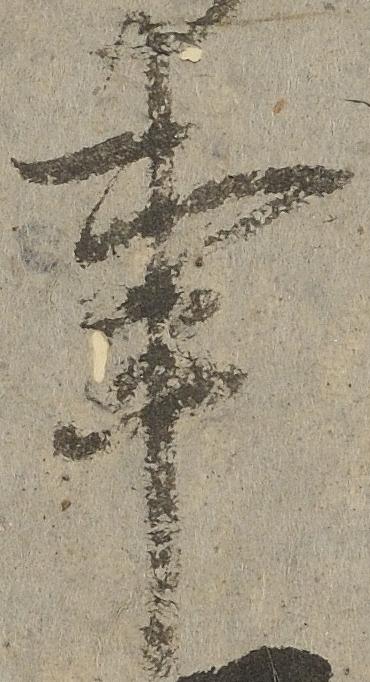
事